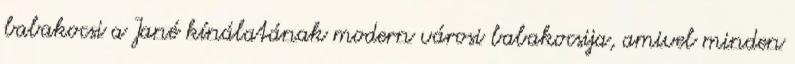
babakocsi a Jané kínálatának modern városi babakocsija, amivel minden